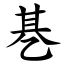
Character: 㐞